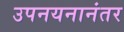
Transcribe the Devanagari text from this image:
उपनयनानंतर